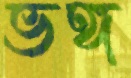
ভঙ্গ